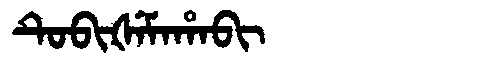
Manchu: ᡨᡠᠪᡳᡧᡝᠮᠠᡥᠠᠪᡳ
Romanization: TUBIŠEMAHABI